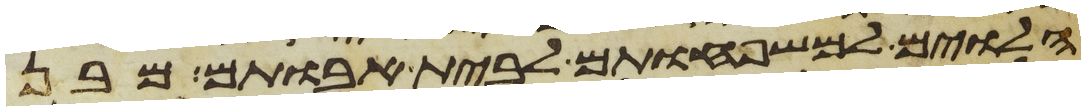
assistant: הלוים למשפחותם לבית אבותם מבן